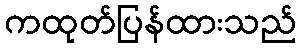
ကထုတ်ပြန်ထားသည်